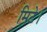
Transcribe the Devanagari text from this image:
मिटे।